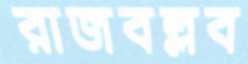
রাজবল্লব